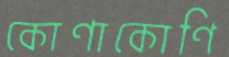
কোণাকোণি